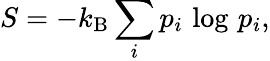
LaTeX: S=-k_{\mathrm{B}}\sum_{i}p_{i}\, \log\, p_{i},